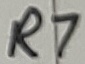
Text: R7